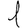
Digit: 1